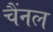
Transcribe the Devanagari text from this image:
चैंनल